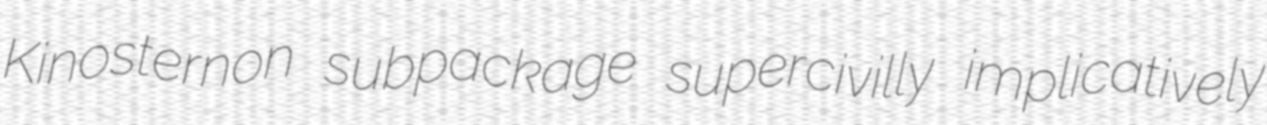
Kinosternon subpackage supercivilly implicatively